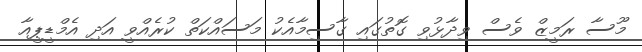
މޫސާ ރަމީޒް ވެސް ވިދާޅުވި ގޮތުގައި ގާސިމާއެކު މަސައްކަތް ކުރެއްވީ އަދި އެމްޑީޕީއާ